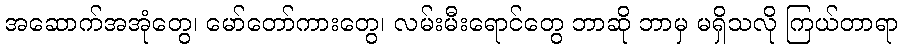
အဆောက်အအုံတွေ၊ မော်တော်ကားတွေ၊ လမ်းမီးရောင်တွေ ဘာဆို ဘာမှ မရှိသလို ကြယ်တာရာ